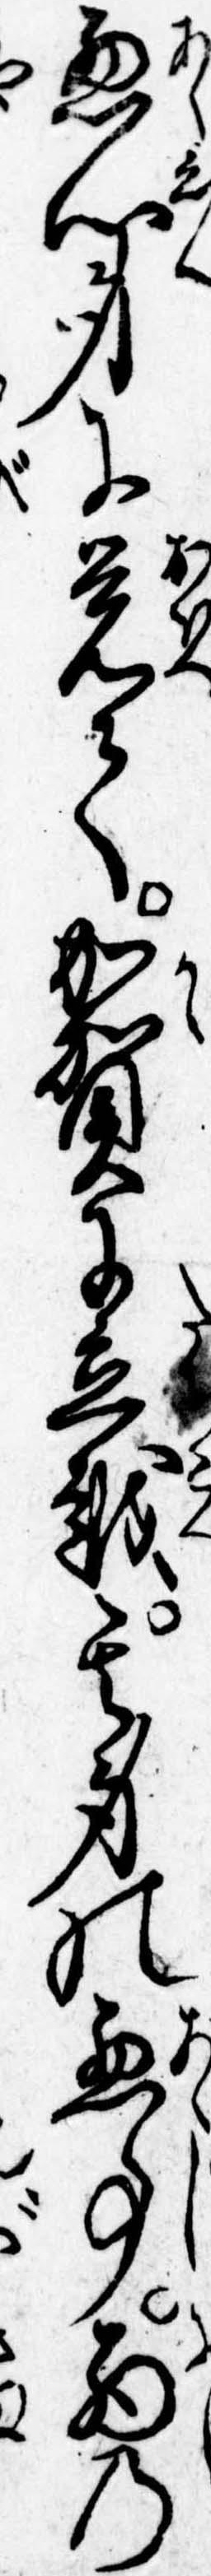
悪心身に覚て加賀に立越其身の悪事西の